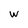
Character: w